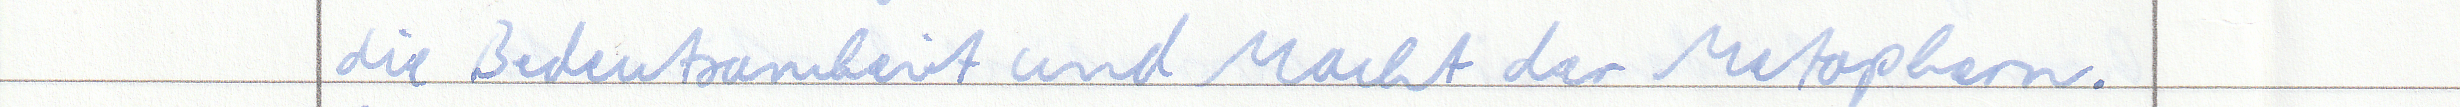
die Bedeutsamkeit und Macht der Metaphern.